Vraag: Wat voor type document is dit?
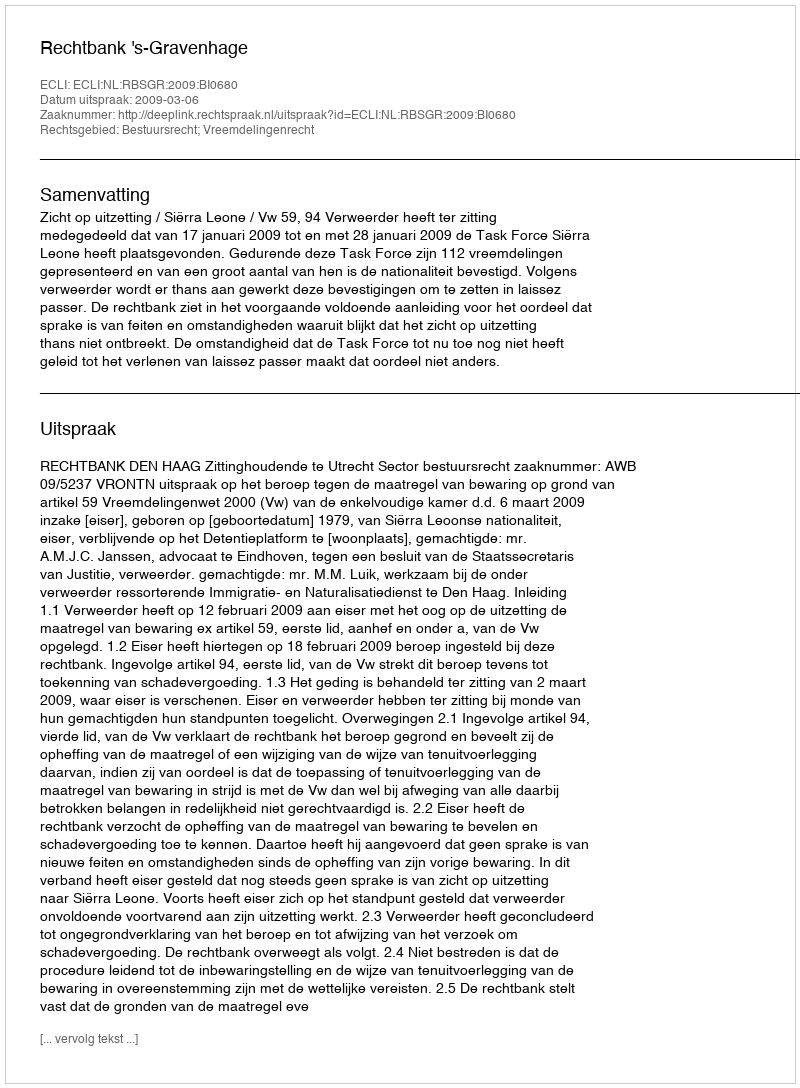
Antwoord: Uitspraak